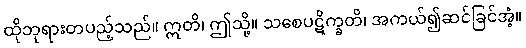
ထိုဘုရားတပည့်သည်။ ဣတိ၊ ဤသို့။ သစေပဋိက္ခတိ၊ အကယ်၍ဆင်ခြင်အံ့။